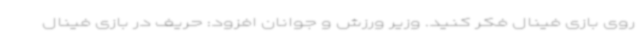
روی بازی فینال فکر کنید. وزیر ورزش و جوانان افزود: حریف در بازی فینال